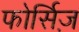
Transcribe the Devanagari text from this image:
फोर्सिज़